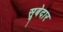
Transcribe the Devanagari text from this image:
सूबेदार